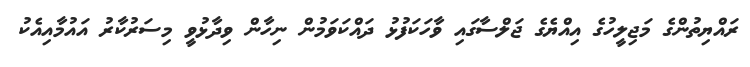
ރައްޔިތުންގެ މަޖިލީހުގެ އިއްޔެގެ ޖަލްސާގައި ވާހަކަފުޅު ދައްކަވަމުން ނިހާން ވިދާޅުވީ މިސަރުކާރު އައުމާއިއެކު